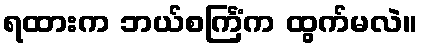
ရထားက ဘယ်စင်္ကြံက ထွက်မလဲ။